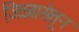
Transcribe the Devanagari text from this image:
जिज्ञासेतून